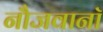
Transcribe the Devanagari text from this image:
नौजवानॉ